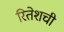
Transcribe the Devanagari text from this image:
रितेशची